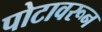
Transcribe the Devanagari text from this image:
पोटावरून